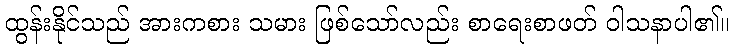
ထွန်းနိုင်သည် အားကစား သမား ဖြစ်သော်လည်း စာရေးစာဖတ် ဝါသနာပါ၏။